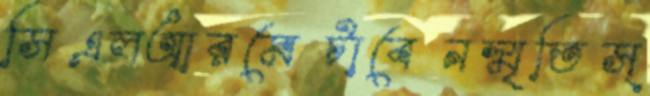
সিএলআরমেটাবেনস্মৃতিস্